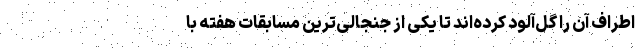
اطراف آن را گل‌آلود کرده‌اند تا یکی از جنجالی‌ترین مسابقات هفته با